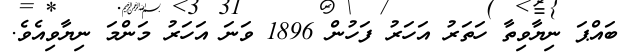
ބައްޕަ ނިޔާވިތާ ހަތަރު އަހަރު ފަހުން 1896 ވަނަ އަހަރު މަންމަ ނިޔާވިއެވެ.